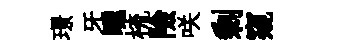
璟牙曛梳險咲剰窺